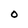
Character: 0